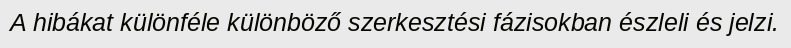
A hibákat különféle különböző szerkesztési fázisokban észleli és jelzi.